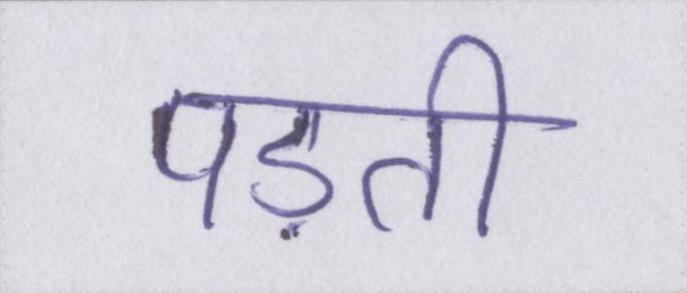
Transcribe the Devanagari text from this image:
पड़ती